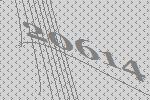
20614